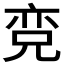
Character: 𱏨